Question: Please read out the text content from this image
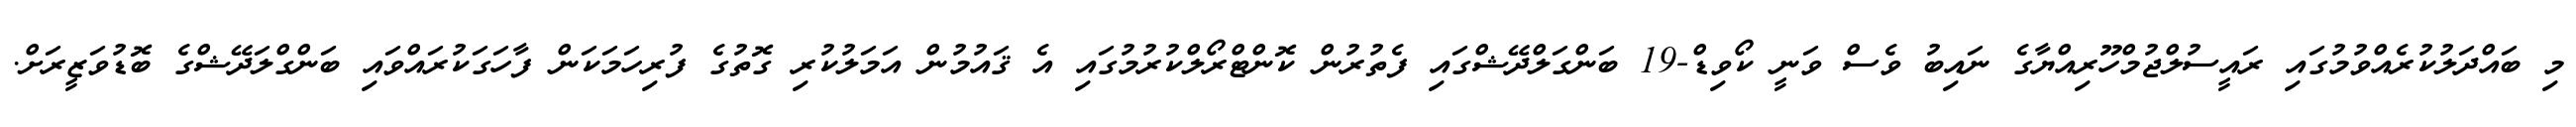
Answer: މި ބައްދަލުކުރެއްވުމުގައި ރައީސުލްޖުމްހޫރިއްޔާގެ ނައިބު ވެސް ވަނީ ކޯވިޑް-19 ބަންގަލްދޭޝްގައި ފެތުރުން ކޮންޓްރޯލްކުރުމުގައި އެ ޤައުމުން އަމަލުކުރި ގޮތުގެ ފުރިހަމަކަން ފާހަގަކުރައްވައި ބަންގްލަދޭޝްގެ ބޮޑުވަޒީރަށް.